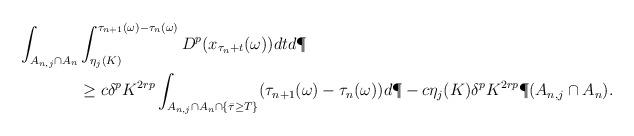
LaTeX: \begin{align*} \int_{A_{n,j} \cap A_n}&\int_{\eta_j(K)}^{\tau_{n+1}(\omega) - \tau_n(\omega)} D^p(x_{\tau_n +t}(\omega))dt d\P \\ & \ge c \delta^p K^{2rp} \int_{A_{n,j} \cap A_n \cap \{\bar{\tau} \ge T\}} (\tau_{n+1}(\omega) - \tau_n(\omega))d\P - c\eta_j(K) \delta^p K^{2rp}\P(A_{n,j} \cap A_n).\end{align*}